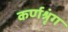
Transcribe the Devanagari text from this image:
कर्णश्रृंग